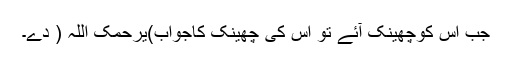
جب اس کوچھینک آئے تو اس کی چھینک کاجواب)یرحمک اللہ ( دے۔